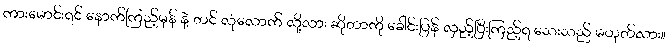
ကားမောင်းရင် နောက်ကြည့်မှန် နဲ့ တင် လုံလောက် လို့လား ဆိုတာကို ခေါင်းပြန် လှည့်ပြီးကြည့်ရ သေးသည် မဟုတ်လား။